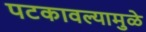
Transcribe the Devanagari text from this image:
पटकावल्यामुळे